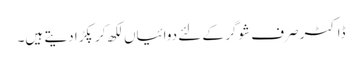
ڈاکٹر صرف شوگر کے لئے دوائیاں لکھ کر پکڑا دیتے ہیں۔